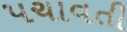
પચાવતી